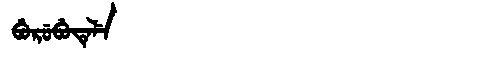
Manchu: ᠪᡠᡵᡠᠪᡠᡨᡝᠯᡝ
Romanization: BURUBUTELE